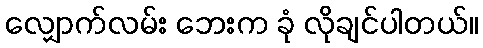
လျှောက်လမ်း ဘေးက ခုံ လိုချင်ပါတယ်။